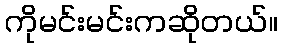
ကိုမင်းမင်းကဆိုတယ်။